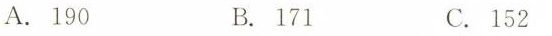
A.190 B.171 C.152